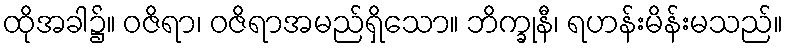
ထိုအခါ၌။ ဝဇိရာ၊ ဝဇိရာအမည်ရှိသော။ ဘိက္ခုနီ၊ ရဟန်းမိန်းမသည်။